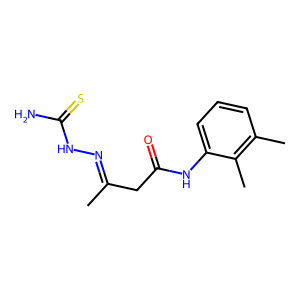
SMILES: CC(CC(=O)Nc1cccc(C)c1C)=NNC(N)=S
Inhibits HIV replication: No